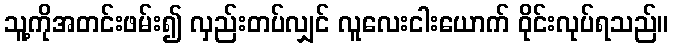
သူ့ကိုအတင်းဖမ်း၍ လှည်းတပ်လျှင် လူလေးငါးယောက် ဝိုင်းလုပ်ရသည်။